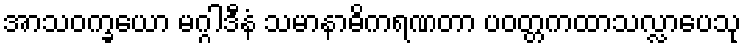
အာသဝက္ခယော မဂ္ဂါဒီနံ သမာနာဓိကရဏတာ ပဝတ္တကထာသလ္လာပေသု